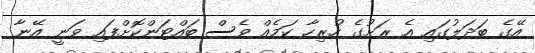
އޭގެ ބަދަލުގައި އެ ރަށުގެ ހުރިހާ ކަމެއް ވެސް ބައްޓަންކޮށްފައި ވަނީ އޭނާ